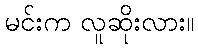
မင်းက လူဆိုးလား။